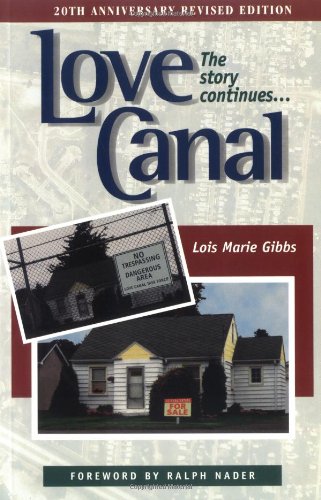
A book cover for Love Canal: The Story Continues...; Lois Marie Gibbs; Science & Math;